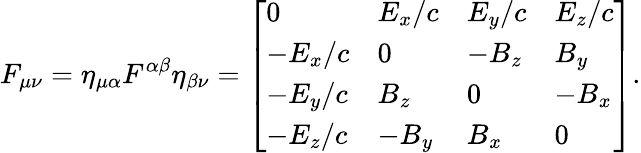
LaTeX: F_{\mu\nu}=\eta_{\mu\alpha}F^{\alpha\beta}\eta_{\beta\nu}={\left[\begin{array}{llll}{0}&{E_{x}/c}&{E_{y}/c}&{E_{z}/c}\\ {-E_{x}/c}&{0}&{-B_{z}}&{B_{y}}\\ {-E_{y}/c}&{B_{z}}&{0}&{-B_{x}}\\ {-E_{z}/c}&{-B_{y}}&{B_{x}}&{0}\end{array}\right]}.